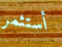
أستثمر